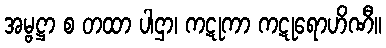
အမ္ဗဋ္ဌာ စ တထာ ပါဌာ၊ ကဋုကာ ကဋုရောဟိဏီ။